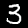
Digit: 3